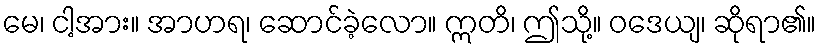
မေ၊ ငါ့အား။ အာဟရ၊ ဆောင်ခဲ့လော။ ဣတိ၊ ဤသို့။ ဝဒေယျ၊ ဆိုရာ၏။